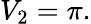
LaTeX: V_{2}=\pi.